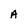
Character: A